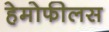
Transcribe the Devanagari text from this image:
हेमोफीलस